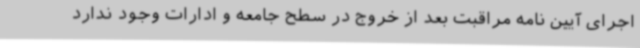
اجرای آیین نامه مراقبت بعد از خروج در سطح جامعه و ادارات وجود ندارد